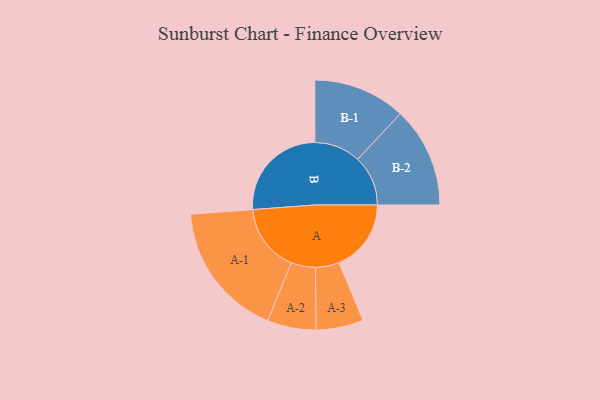
{"axis": {"x": "Segment", "y": "Value"}, "legend": ["", "A", "B"], "data": [{"x": "A", "y": 317, "type": ""}, {"x": "B", "y": 443, "type": ""}, {"x": "A-1", "y": 299, "type": "A"}, {"x": "A-2", "y": 107, "type": "A"}, {"x": "A-3", "y": 104, "type": "A"}, {"x": "B-1", "y": 203, "type": "B"}, {"x": "B-2", "y": 221, "type": "B"}]}